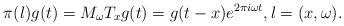
LaTeX: \begin{align*}\pi(\l) g(t) = M_\omega T_x g(t) = g(t-x) e^{2 \pi i \omega t}, \l = (x,\omega).\end{align*}